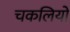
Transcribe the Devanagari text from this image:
चकलियों